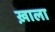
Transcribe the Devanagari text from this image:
ख़ाला